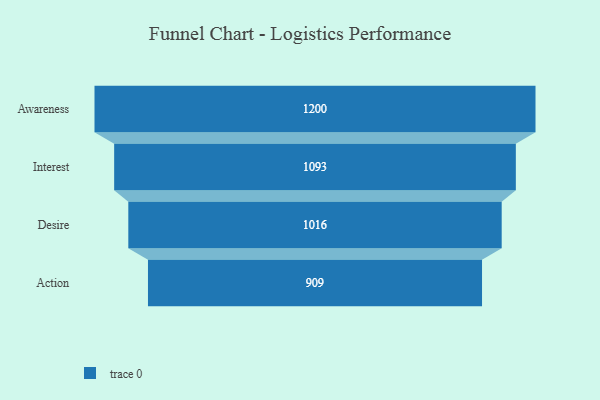
{"axis": {"x": "Stage", "y": "Value"}, "legend": [""], "data": [{"x": "Awareness", "y": 1200.0, "type": ""}, {"x": "Interest", "y": 1093.0, "type": ""}, {"x": "Desire", "y": 1016.0, "type": ""}, {"x": "Action", "y": 909.0, "type": ""}]}